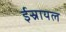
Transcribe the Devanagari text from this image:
ईस्रायल